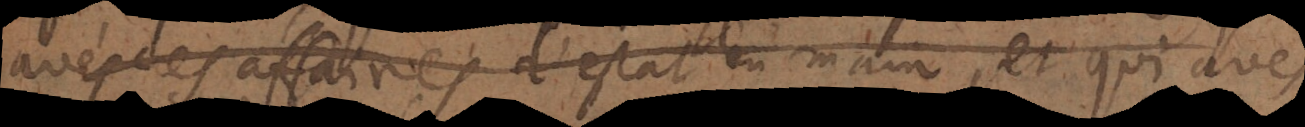
avés des affaires d’estat en main et que vous